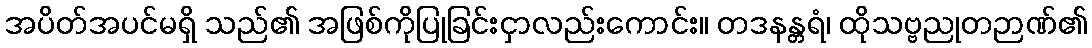
အပိတ်အပင်မရှိ သည်၏ အဖြစ်ကိုပြုခြင်းငှာလည်းကောင်း။ တဒနန္တရံ၊ ထိုသဗ္ဗညုတဉာဏ်၏